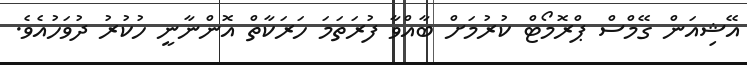
އޭޝިއަން ގޭމްސް ޕްރޮމޯޓް ކުރުމަށް ބާއްވާ ފުރަތަމަ ހަރަކާތް އޮންނާނީ ހުކުރު ދުވަހުއެވެ.